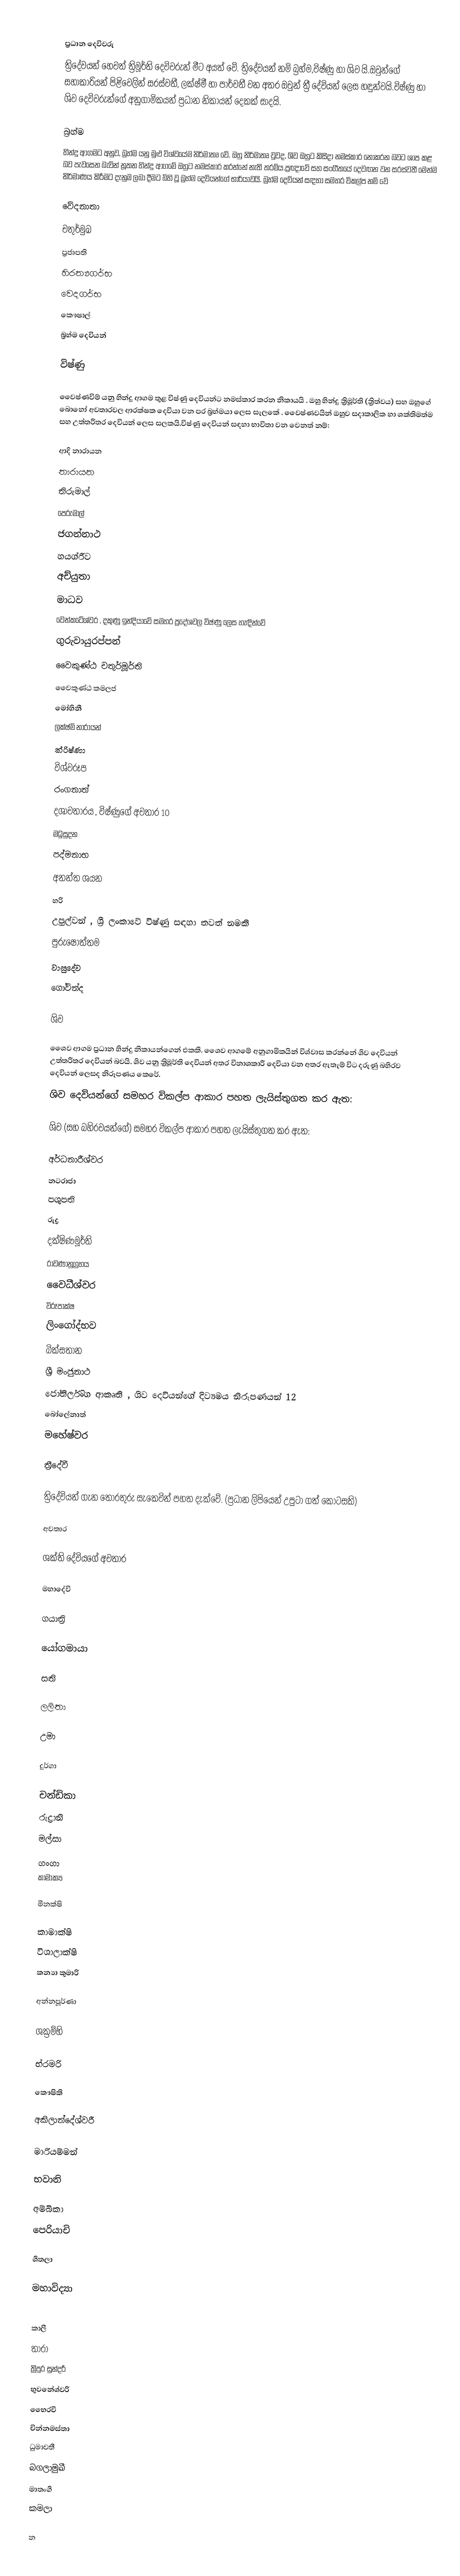

ප්‍රධාන දෙවිවරු
ත්‍රිදේවයන් හෙවත් ත්‍රිමූර්ති දෙවිවරුන් මීට අයත් වේ. ත්‍රිදේවයන් නම් බ්‍රහ්ම,විෂ්ණු හා ශිව යි.ඔවුන්ගේ සහාකාරියන් පිළිවෙලින් සරස්වතී, ලක්ෂ්මී හා පාර්වතී වන අතර ඔවුන් ත්‍රී දේවියන් ලෙස හඳුන්වයි.විෂ්ණු හා ශිව දෙවිවරුන්ගේ අනුගාමිකයන් ප්‍රධාන නිකායන් දෙකක් සාදයි.

බ්‍රහ්ම
හින්දු ආගමට අනුව, බ්‍රහ්ම යනු මුළු විශ්වයේම නිර්මාතෘ වේ. ඔහු නිර්මාතෘ වුවද, ශිව ඔහුට කිසිදා නමස්කාර නොකරන බවට ශාප කළ බව පැවසෙන බැවින් නූතන හින්දු ආගමේ ඔහුට නමස්කාර කරන්නේ නැති තරම්ය.ප්‍රඥාවේ සහ සංගීතයේ දෙවඟන ​​වන සරස්වතී මෙන්ම නිර්මාණය කිරීමට දැනුම ලබා දීමට බිහි වූ බ්‍රහ්ම දෙවියන්ගේ භාර්යාවයි. බ්‍රහ්ම දෙවියන් සඳහා සමහර විකල්ප නම් වේ

 වේදනාතා
 චතුර්මුඛ
 ප්‍රජාපති
 හිරන්‍යගර්භ
 වෙදගර්භ
 කෞෂාල්
 බ්‍රහ්ම දෙවියන්

විෂ්ණු

වෛෂ්ණවිම් යනු හින්දු ආගම තුළ විෂ්ණු දෙවියන්ට නමස්කාර කරන නිකායයි . ඔහු හින්දු ත්‍රිමූර්ති (ත්‍රිත්වය) සහ ඔහුගේ බොහෝ අවතාරවල ආරක්ෂක දෙවියා වන පර බ්‍රහ්මයා ලෙස සැලකේ . වෛෂ්ණවයින් ඔහුව සදාකාලික හා ශක්තිමත්ම සහ උත්තරීතර දෙවියන් ලෙස සලකයි.විෂ්ණු දෙවියන් සඳහා භාවිතා වන වෙනත් නම්:

 ආදි නාරායන
 නාරායන
 තිරුමාල්
 පෙරුමාල්
 ජගන්නාථ
 හයග්රීව
 අච්යුතා
 මාධව
 වෙන්කටේශ්වර , දකුණු ඉන්දියාවේ සමහර ප්‍රදේශවල විෂ්ණු ලෙස හැඳින්වේ
 ගුරුවායුරප්පන්
 වෛකුණ්ඨ චතුර්මූර්ති
 වෛකුණ්ඨ කමලජ
 මෝහිනී
 ලක්ෂ්මි නාරායන්
 ක්රිෂ්ණා
 විශ්වරූප
 රංගනාත්
 දශාවතාරය , විෂ්ණුගේ අවතාර 10
 මධුසුදන
 පද්මනාභ
 අනන්ත ශයන
 හරි
 උපුල්වන් , ශ්‍රී ලංකාවේ විෂ්ණු සඳහා තවත් නමකි
 පුරුෂෝත්තම
 වාසුදේව
 ගෝවින්ද

ශිව

ශෛව ආගම ප්‍රධාන හින්දු නිකායන්ගෙන් එකකි. ශෛව ආගමේ අනුගාමිකයින් විශ්වාස කරන්නේ ශිව දෙවියන් උත්තරීතර දෙවියන් බවයි. ශිව යනු ත්‍රිමූර්ති දෙවියන් අතර විනාශකාරී දෙවියා වන අතර ඇතැම් විට දරුණු බහිරව දෙවියන් ලෙසද නිරූපණය කෙරේ.
ශිව දෙවියන්ගේ සමහර විකල්ප ආකාර පහත ලැයිස්තුගත කර ඇත:

ශිව (සහ බහිරවයන්ගේ) සමහර විකල්ප ආකාර පහත ලැයිස්තුගත කර ඇත:

 අර්ධනාරීශ්වර
 නටරාජා
 පශුපති
 රුද්‍ර
 දක්ෂිණමූර්ති
 රාවණානුග්‍රහය
 වෛධීශ්වර
 විරූපාක්ෂ
 ලිංගෝද්භව
 බික්සතාන
 ශ්‍රී මංජුනාථ
 ජෝතිර්ලිංග ආකෘති , ශිව දෙවියන්ගේ දිව්‍යමය නිරූපණයන් 12
 බෝලේනාත්
 මහේෂ්වර

ත්‍රීදේවී

ත්‍රිදේවියන් ගැන තොරතුරු සැකෙවින් පහත දැක්වේ. (ප්‍රධාන ලිපියෙන් උපුටා ගත් කොටසකි)

අවතාර

ශක්ති දේවියගේ අවතාර

මහාදේවි

 ගයාත්‍රි

 යෝගමායා

 සති

 ලලිතා

 උමා

 දුර්ගා

 චන්ඩිකා
 රුද්‍රානි
 මල්සා
 ගංගා
 කාමාක්‍ය

 මීනක්ෂි

 කාමාක්ෂි
 විශාලාක්ෂි
 කන්‍යා කුමාරි

 අන්නපූර්ණා

 ශක්‍රම්භි

 භ්රමරි

 කෞෂිකි

 අකිලාන්දේශ්වරී

 මාරියම්මන්

 භවානි

 අම්බිකා
 පෙරියාචි

 ශීතලා

මහාවිද්‍යා

 කාලී
 තාරා
 ත්‍රිපුර සුන්දරී
භුවනේශ්වරී
භෛරවී
චින්නමස්තා
ධුමාවතී
බගලාමුඛී
මාතංගී
කමලා

න